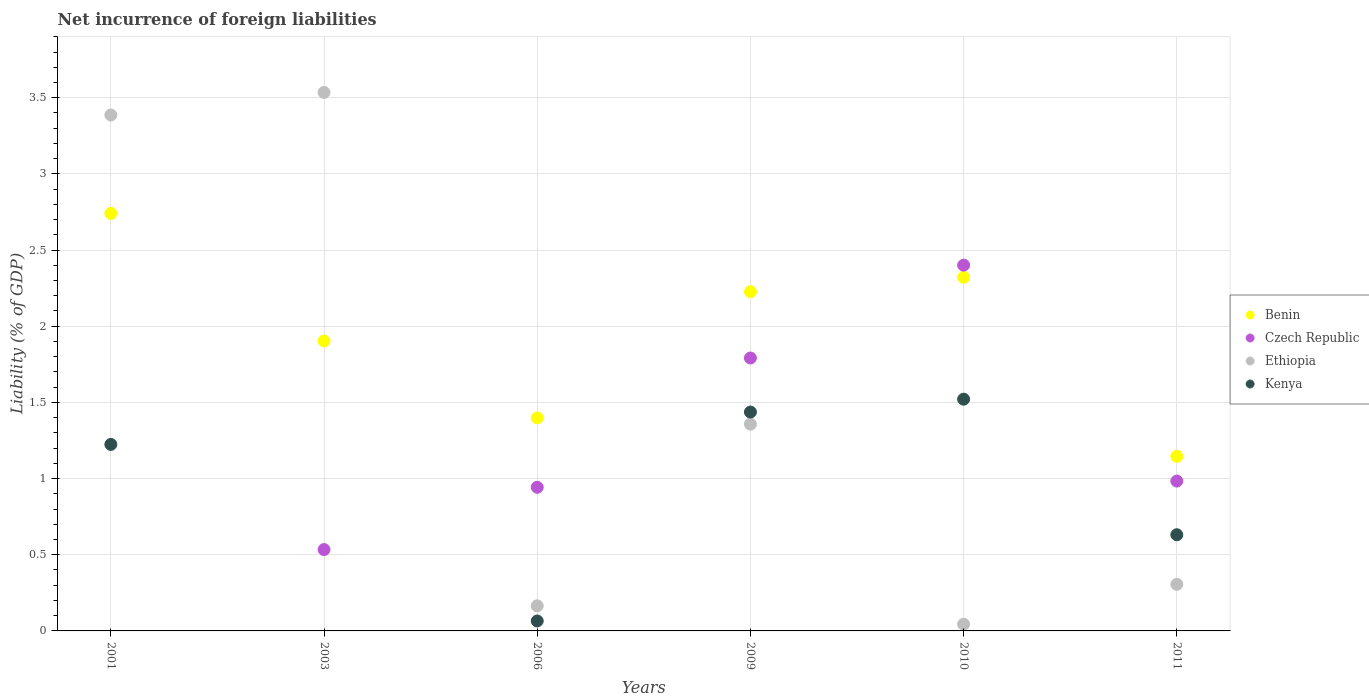
| Years | Benin | Czech Republic | Ethiopia | Kenya |
 | --- | --- | --- | --- | --- |
 | 2001 | 2.74 | -0.145 | 3.39 | 1.22 |
 | 2003 | 1.9 | 0.534 | 3.53 | -3.79 |
 | 2006 | 1.4 | 0.943 | 0.165 | 0.0653 |
 | 2009 | 2.23 | 1.79 | 1.36 | 1.44 |
 | 2010 | 2.32 | 2.4 | 0.0441 | 1.52 |
 | 2011 | 1.15 | 0.984 | 0.306 | 0.631 |